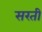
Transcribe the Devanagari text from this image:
सरती